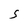
Character: S